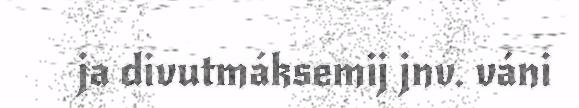
ja divutmáksemij jnv. váni